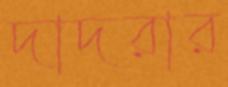
দাদরার